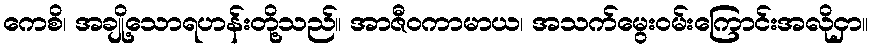
ကေစိ၊ အချို့သောရဟန်းတို့သည်။ အာဇီဝကာမာယ၊ အသက်မွေးဝမ်းကြောင်းအလိုငှာ။